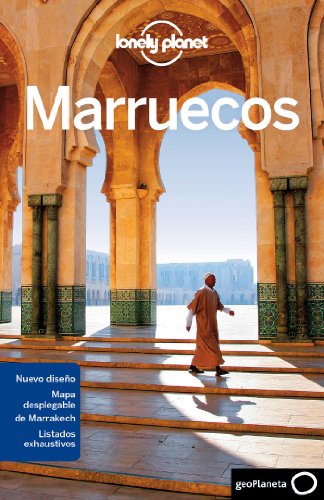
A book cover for Lonely Planet Marruecos (Travel Guide) (Spanish Edition); Lonely Planet; Travel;